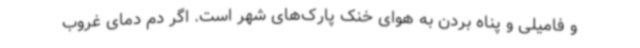
و فامیلی و پناه بردن به هوای خنک پارک‌های شهر است. اگر دم دمای غروب